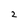
Character: 2